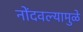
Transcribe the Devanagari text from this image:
नोंदवल्यामुळे